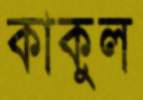
কাকুল